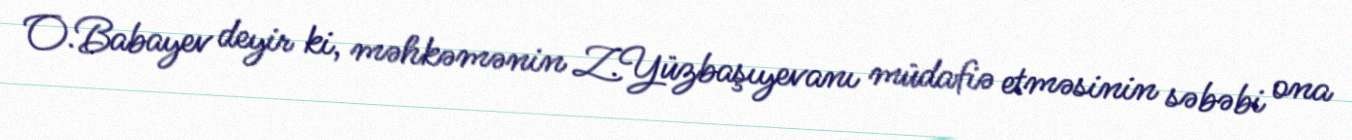
O.Babayev deyir ki, məhkəmənin Z.Yüzbaşıyevanı müdafiə etməsinin səbəbi ona